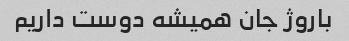
باروژ جان همیشه دوست داریم